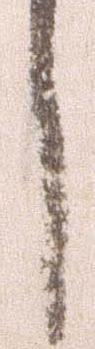
し